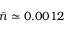
{ \bar { n } } \simeq 0 . 0 0 1 2